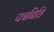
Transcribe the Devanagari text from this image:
पत्रनिधि